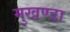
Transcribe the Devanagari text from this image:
मुखण्डा